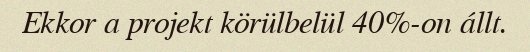
Ekkor a projekt körülbelül 40%-on állt.